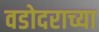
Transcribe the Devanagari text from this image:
वडोदराच्या